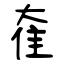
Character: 奞